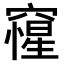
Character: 𥨕